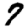
Digit: 7